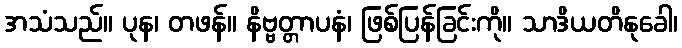
အသံသည်။ ပုန၊ တဖန်။ နိဗ္ဗတ္တာပနံ၊ ဖြစ်ပြန်ခြင်းကို။ သာဒိယတိနုခေါ၊